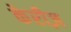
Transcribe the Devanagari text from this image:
केरीज़